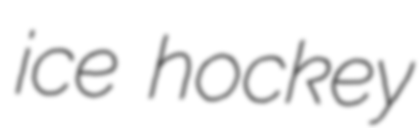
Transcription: ice hockey